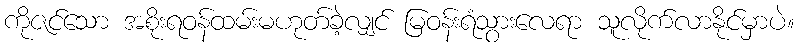
ကိုဇင်သော အစိုးရဝန်ထမ်းမဟုတ်ခဲ့လျှင် မြဝန်းရံသွားလေရာ သူလိုက်လာနိုင်မှာပဲ။